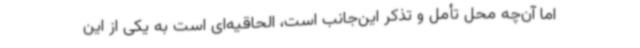
اما آن‌چه محل تأمل و تذکر این‌جانب است، الحاقیه‌ای است به یکی از این